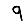
Digit: 9